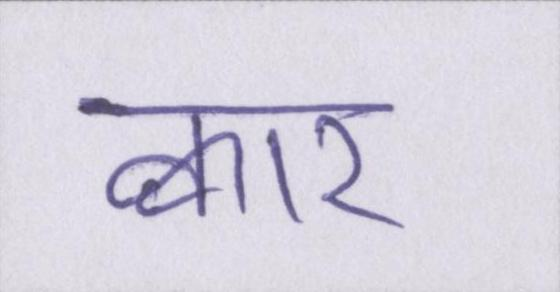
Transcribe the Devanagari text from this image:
क्वार